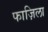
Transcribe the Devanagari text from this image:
फाज़िला